system: You are a helpful assistant.
user:
Analyze the provided spectrum to determine if it is a **M-type Giant (gM)**.

A M-type Giant spectrum is defined by its **strong molecular absorption** features, particularly from **Titanium Oxide (TiO)**. You must check for one of the following mutually exclusive signatures:

- **Key Visual Indicators (Absorption-Dominated Spectrum):**

    - **(Primary):** The spectrum is dominated by strong molecular absorption from **Titanium Oxide (TiO)**. This is the **defining feature** of its M-type temperature class.
        - **(Key Bandheads):** Look for sharp, "saw-tooth" absorption valleys. The strongest are located near **~7050 Å**, **~6160 Å**, and **~5170 Å**.
        - **(Line Profile):** The "saw-tooth" morphology is critical: a **sharp, steep drop on the BLUE (short-wavelength) side** of the bandhead, followed by a gradual recovery (rising flux) towards the RED (long-wavelength) side.

    - **(Key Confirmation - Giant vs. Dwarf):** **ABSENCE** of strong **Calcium Hydride (CaH)** molecular bands. This is the primary diagnostic for *excluding* M-dwarfs.
        - **(Key Region):** The spectrum should lack the strong, broad absorption band seen in dwarfs between **~6800 Å and ~7000 Å**.

    - **(Secondary Confirmation - Giant):** A very strong and broad **Neutral Calcium (Ca I)** atomic absorption line.
        - **(Key Line):** Located at **~4226 Å**. In a giant (gM), this line is significantly deeper and broader than the same line in an M-dwarf (dM) due to low surface gravity.

    - **(Overall Spectrum):**
        - The continuum is **extremely red-sloping** (i.e., flux is very low in the blue and rises dramatically towards the red).
        - The entire spectrum appears "chopped up" by the deep TiO bands.

Think first, call **spectral_visualization_tool** if needed to examine features in detail, then provide your final answer. Your response must adhere to the following strict rules:
1.  **Overall Structure:** Your response must follow the format `<think>...</think> <tool_call>...</tool_call> (if a tool is used) <answer>...</answer>`.
2.  **Tool Usage Constraint:** You may only make **one** tool call per turn.
3.  **Final Answer Format:** In the `<answer>` tag, your conclusion must be inside a `\boxed{}` command (e.g., `\boxed{YES}` or `\boxed{NO}`), followed by your justification.

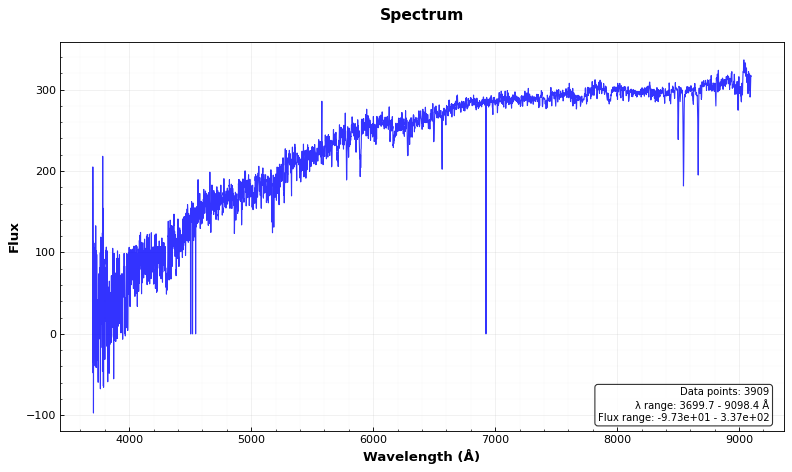
Answer: NO